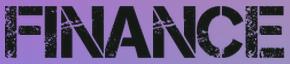
FINANCE